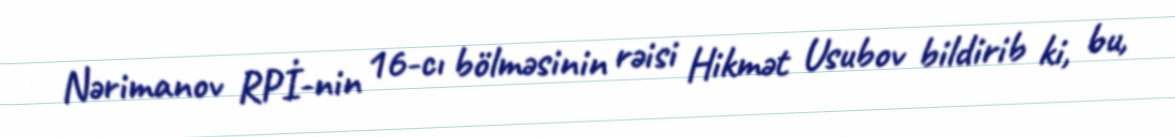
Nərimanov RPİ-nin 16-cı bölməsinin rəisi Hikmət Usubov bildirib ki, bu,